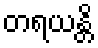
တရယန္တိ